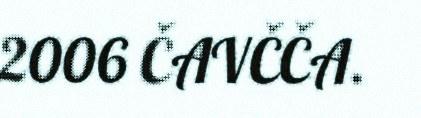
2006 ČAVČČA.